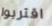
اقتربوا